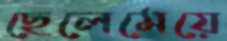
ছেলেমেয়ে